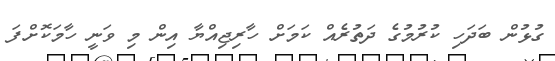
ގުޅުން ބަދަހި ކުރުުމުގެ ދަތުރެއް ކަމަށް ހާރިޖިއްޔާ އިން މި ވަނީ ހާމަކޮށްފަ